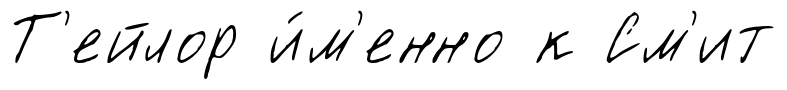
Т'ейлор и́м'енно к См'ит